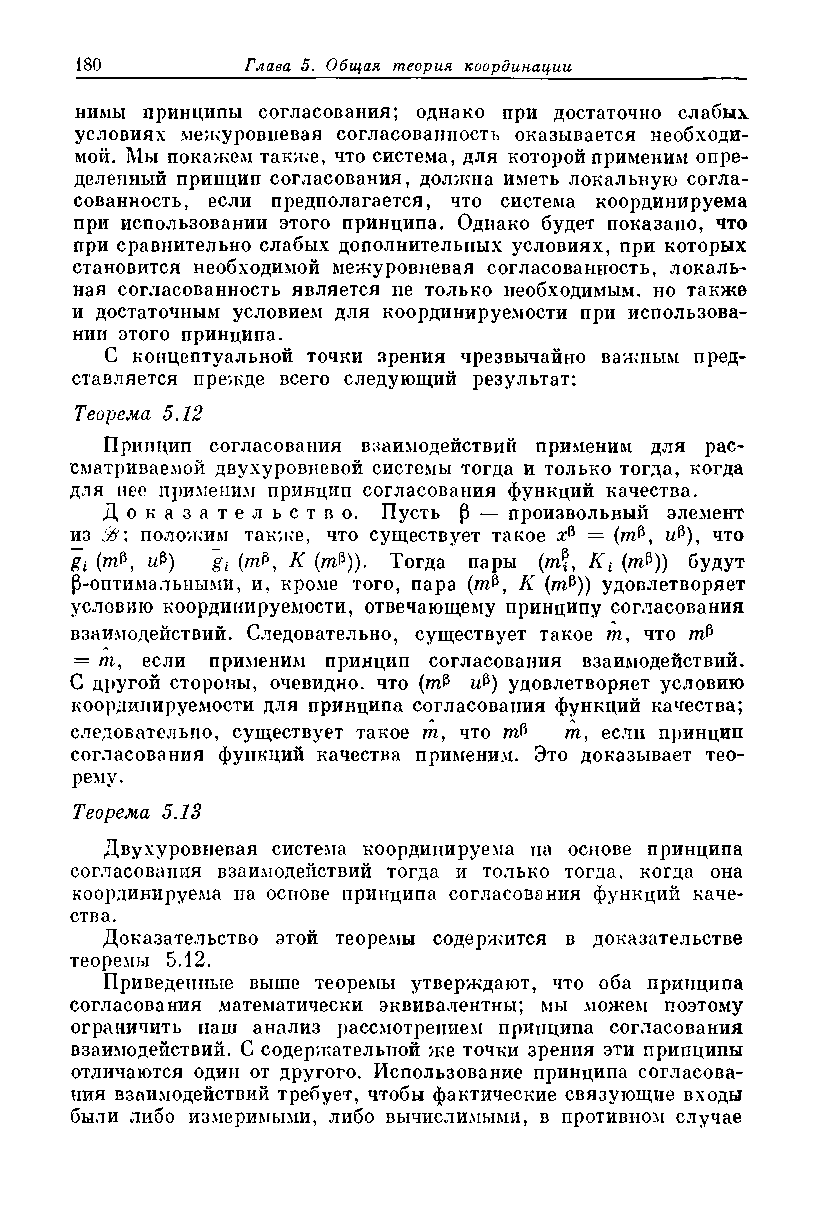
нимы принципы согласования; однако при достаточно слабых
 условиях межуровневая согласованность оказывается необходи­
 мой. Мы покажем также, что система, для которой применим опре­
 деленный принцип согласования, должна иметь локальную согла­
 сованность, если предполагается, что система координируема
 при использовании этого принципа. Однако будет показано, что
 при сравнительно слабых дополнительных условиях, при которых
 становится необходимой межуровневая согласованность, локаль­
 ная согласованность является не только необходимым, но также
 и достаточным условием для координируемости при использова­
 нии этого принципа.
 С концептуальной точки зрения чрезвычайно важным пред­
 ставляется прежде всего следующий результат:
 Теорема 5.12
 Принцип согласования взаимодействий применим для рас­
 сматриваемой двухуровневой системы тогда и только тогда, когда
 для нее применим принцип согласования функций качестза.
 Д о к а з а т е л ь с т в о . Пусть р — произвольный элемент
 из  положим также, что существует такое х6 = (тР, Ф), что
 uP) gi{rr&, К (ml3)). Тогда пары (mf, К * (пФ)) будут
 (З-оптимальными, и, кроме того, пара (тР, К (т&)) удовлетворяет
 условию координируемости, отвечающему принципу согласования
 взаимодействий. Следовательно, существует такое т, что гФ
 = /п, если применим принцип согласования взаимодействий.
 С другой стороны, очевидно, что (гФ Ф) удовлетворяет условию
 координируемости для принципа согласования функций качества;
 следовательно, существует такое т, что гФ пг, если принцип
 согласования функций качества применим. Это доказывает тео­
 рему.
 Теорема 5.13
 Двухуровневая система координируема на основе принципа
 согласования взаимодействий тогда и только тогда, когда она
 координируема на основе принципа согласования функций каче­
 ства.
 Доказательство этой теоремы содержится в доказательстве
 теоремы 5.12.
 Приведенные выше теоремы утверждают, что оба принципа
 согласования математически эквивалентны; мы можем поэтому
 ограничить наш анализ рассмотрением принципа согласования
 взаимодействий. С содержательной же точки зрения эти принципы
 отличаются один от другого. Использование принципа согласова­
 ния взаимодействий требует, чтобы фактические связующие входы
 были либо измеримыми, либо вычислимыми, в противном случае